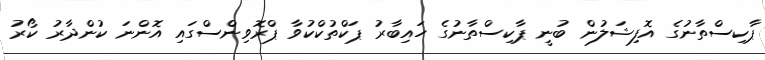
ޕާކިސްތާނުގެ އޮފިޝަލުން ބުނީ ޕާކިސްތާނުގެ ހައިބާރު ޕަކްތުކްކުވާ ޕްރޮވިންސްގައި އޮންނަ ކުންދާރު ކޯރު